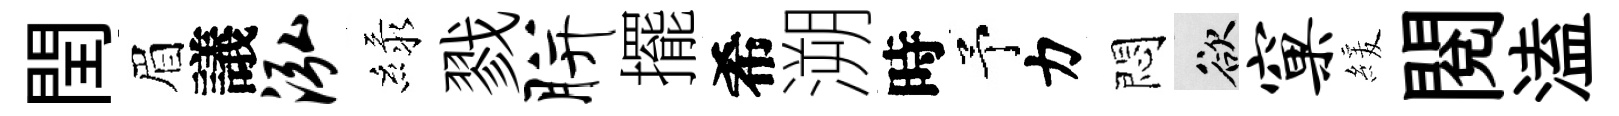
閏眉議泓緑戮胼擺希溯時予力悶欲窠緩閲溘